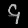
Digit: ၄